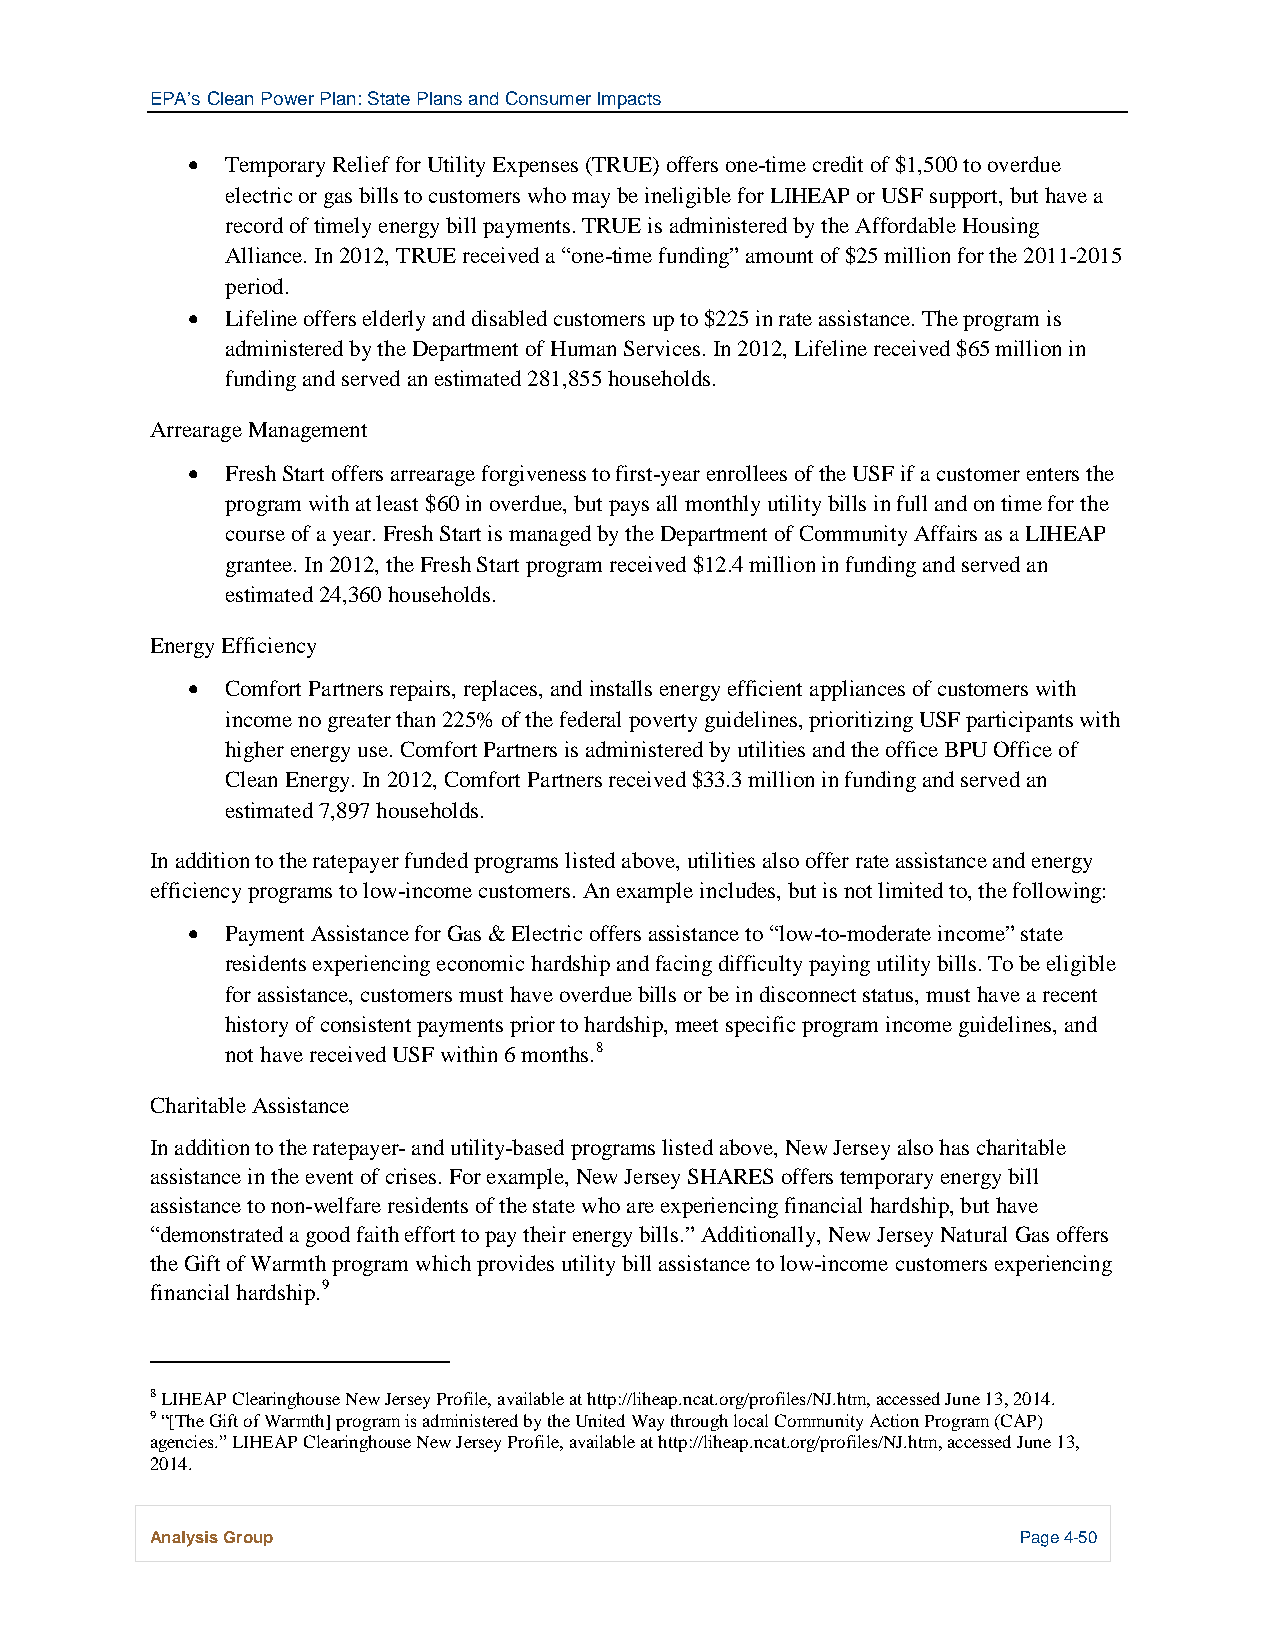
EPA’s Clean Power Plan: State Plans and Consumer Impacts
 •  Temporary Relief for Utility Expenses (TRUE) offers one-time credit of $1,500 to overdue
 electric or gas bills to customers who may be ineligible for LIHEAP or USF support, but have a
 record of timely energy bill payments. TRUE is administered by the Affordable Housing
 Alliance. In 2012, TRUE received a “one-time funding” amount of $25 million for the 2011-2015
 period.
 •  Lifeline offers elderly and disabled customers up to $225 in rate assistance. The program is
 administered by the Department of Human Services. In 2012, Lifeline received $65 million in
 funding and served an estimated 281,855 households.
 Arrearage Management
 •  Fresh Start offers arrearage forgiveness to first-year enrollees of the USF if a customer enters the
 program with at least $60 in overdue, but pays all monthly utility bills in full and on time for the
 course of a year. Fresh Start is managed by the Department of Community Affairs as a LIHEAP
 grantee. In 2012, the Fresh Start program received $12.4 million in funding and served an
 estimated 24,360 households.
 Energy Efficiency
 •  Comfort Partners repairs, replaces, and installs energy efficient appliances of customers with
 income no greater than 225% of the federal poverty guidelines, prioritizing USF participants with
 higher energy use. Comfort Partners is administered by utilities and the office BPU Office of
 Clean Energy. In 2012, Comfort Partners received $33.3 million in funding and served an
 estimated 7,897 households.
 In addition to the ratepayer funded programs listed above, utilities also offer rate assistance and energy
 efficiency programs to low-income customers. An example includes, but is not limited to, the following:
 •  Payment Assistance for Gas & Electric offers assistance to “low-to-moderate income” state
 residents experiencing economic hardship and facing difficulty paying utility bills. To be eligible
 for assistance, customers must have overdue bills or be in disconnect status, must have a recent
 history of consistent payments prior to hardship, meet specific program income guidelines, and
 not have received USF within 6 months.8
 Charitable Assistance
 In addition to the ratepayer- and utility-based programs listed above, New Jersey also has charitable
 assistance in the event of crises. For example, New Jersey SHARES offers temporary energy bill
 assistance to non-welfare residents of the state who are experiencing financial hardship, but have
 “demonstrated a good faith effort to pay their energy bills.” Additionally, New Jersey Natural Gas offers
 the Gift of Warmth program which provides utility bill assistance to low-income customers experiencing
 financial hardship.9
 8 LIHEAP Clearinghouse New Jersey Profile, available at http://liheap.ncat.org/profiles/NJ.htm, accessed June 13, 2014.
 9 “[The Gift of Warmth] program is administered by the United Way through local Community Action Program (CAP)
 agencies.” LIHEAP Clearinghouse New Jersey Profile, available at http://liheap.ncat.org/profiles/NJ.htm, accessed June 13,
 2014.
 Analysis Group                                            Page 4-50